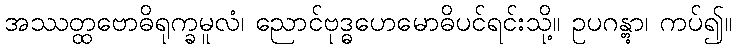
အဿတ္ထဗောဓိရုက္ခမူလံ၊ ညောင်ဗုဒ္ဓဟေမောဓိပင်ရင်းသို့။ ဥပဂန္တွာ၊ ကပ်၍။